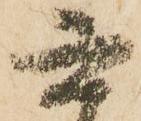
六